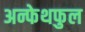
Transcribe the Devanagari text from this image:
अन्फेथफुल